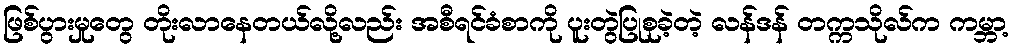
ဖြစ်ပွားမှုတွေ တိုးလာနေတယ်လို့လည်း အစီရင်ခံစာကို ပူးတွဲပြုစုခဲ့တဲ့ လန်ဒန် တက္ကသိုလ်က ကမ္ဘာ့